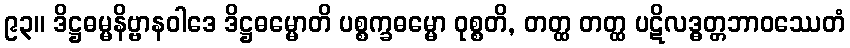
၉၃။ ဒိဋ္ဌဓမ္မနိဗ္ဗာနဝါဒေ ဒိဋ္ဌဓမ္မောတိ ပစ္စက္ခဓမ္မော ဝုစ္စတိ, တတ္ထ တတ္ထ ပဋိလဒ္ဓတ္တဘာဝဿေတံ